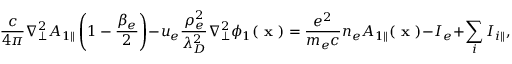
\frac { c } { 4 \pi } \nabla _ { \perp } ^ { 2 } { A } _ { 1 \parallel } \left( 1 - \frac { \beta _ { e } } { 2 } \right) - u _ { e } \frac { \rho _ { e } ^ { 2 } } { \lambda _ { D } ^ { 2 } } \nabla _ { \perp } ^ { 2 } \phi _ { 1 } ( \textbf { x } ) = \frac { e ^ { 2 } } { m _ { e } c } n _ { e } { A } _ { 1 \parallel } ( \textbf { x } ) - I _ { e } + \sum _ { i } I _ { i \parallel } ,